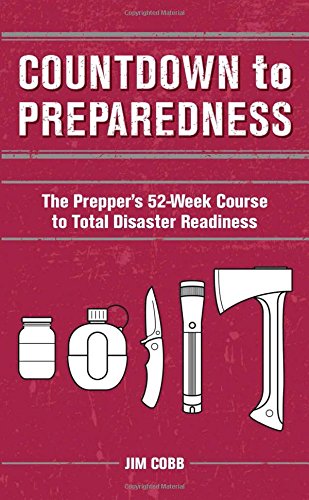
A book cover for Countdown to Preparedness: The Prepper's 52 Week Course to Total Disaster Readiness; Jim Cobb; Reference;